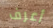
أعرف